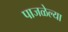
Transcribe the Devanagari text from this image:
पाजळेल्या